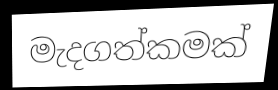
මැදගත්කමක්